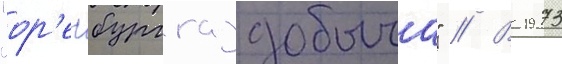
"ор'енбурггаздобыча" // В 1973